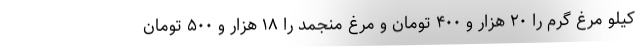
کیلو مرغ گرم را ۲۰ هزار و ۴۰۰ تومان و مرغ منجمد را ۱۸ هزار و ۵۰۰ تومان